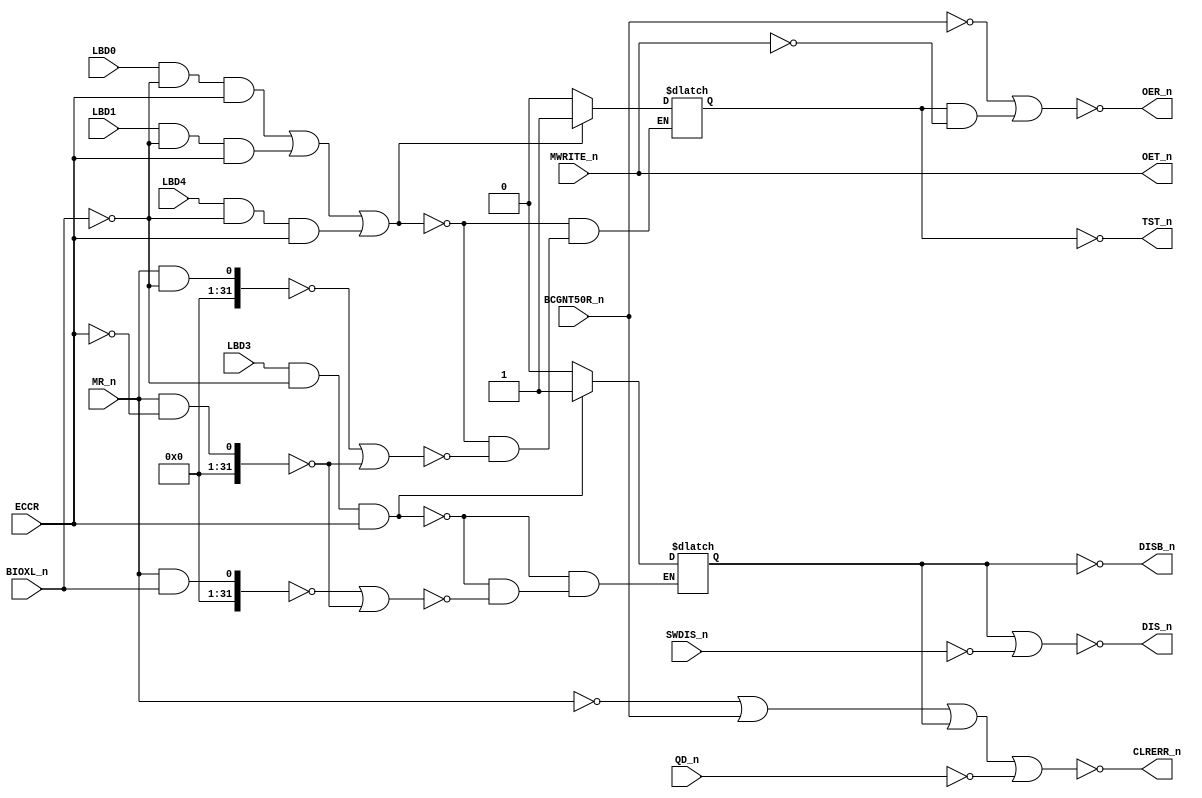
module PAL_45008B(

    input MWRITE_n,           // I0 - MWRITE_n
    input SWDIS_n,            // I1 - SWDIS_n
    input LBD0,               // I2 - LBD0
    input LBD1,               // I3 - LBD1
    input LBD3,               // I4 - LBD3
    input LBD4,               // I5 - LBD4
    input BIOXL_n,            // I6 - BIOXL_n
    input ECCR,               // I7 - ECCR
    input BCGNT50R_n,         // I8 - BCGNT50R_n
    // input HIEN_n,             // I9 - EPEA_n  (NOT USED!)


    output DIS_n,             // Y0_n (OUT Only)
    output OER_n,             // Y1_n (OUT ONLY)
    
    output OET_n,             // B0_n - OET_n
    output CLRERR_n,          // B1_n - CLRERR_n
    output DISB_n,            // B2_n - DISB_n (n.c.)
    output TST_n,             // B3_n - TST_n (n.c)
    input  QD_n,              // B4_n - PD3
    input  MR_n               // B5_n - MR_n
);                        


// Creating non-negated wires for active-low inputs
 wire MWRITE = ~MWRITE_n;
 wire SWDIS = ~SWDIS_n;
 //wire LBD0_n = ~LBD0;
 //wire LBD1_n = ~LBD1;
 //wire LBD3_n = ~LBD3;
 //wire LBD4_n = ~LBD4;
 wire BIOXL = ~BIOXL_n;
 wire ECCR_n = ~ECCR;
 wire BCGNT50R = ~BCGNT50R_n;
 //wire HIEN = ~HIEN_n;
 wire QD = ~QD_n;
 wire MR = ~MR_n;


// ON WRITE TO MEMORY
assign OET_n = ~(MWRITE);

// ON READ FROM MEMORY AFTER THE ADDRESS PE
// ON WRITE IN TEST MODE BOTH OER AND OET S
assign OER_n = ~(
                   (BCGNT50R)
                 | (TST & MWRITE) 
);


// CLEAR PARITY ERROR ON MR, READING EPESL
assign CLRERR_n = ~(  
                      MR 
                    | BCGNT50R_n 
                    | DISB 
                    | QD
);


// DIS logic
assign DIS_n = ~(
                    DISB 
                  | SWDIS
);

reg DISB_reg;
reg TST_reg;
wire TST = TST_reg;
wire DISB = DISB_reg;


always @(*) begin

    // SET IF LDB3=1 AND IOX=ECCR    
    if ((LBD3 & BIOXL & ECCR)==1)
        DISB_reg = 1'b1;
    else if (((MR_n & BIOXL_n)==0) | ((MR_n & ECCR_n)) == 0) // HOLD UNTIL NEXT IOX=ECCR
        DISB_reg = 1'b0;

    // SET IF ANY OF LBD0,1,4 AND IOX=ECCR    
    if ( ((LBD0 & BIOXL & ECCR)==1) | ((LBD1 & BIOXL & ECCR)== 1) | ((LBD4 & BIOXL & ECCR)==1) )
        TST_reg = 1'b1;
    else if ( ((MR_n & BIOXL)==0) | ((MR_n & ECCR_n)==0) ) // HOLD UNTIL NEXT IOX=ECCR
        TST_reg = 1'b0;

end


assign DISB_n = ~DISB_reg;
assign TST_n = ~TST_reg;

endmodule